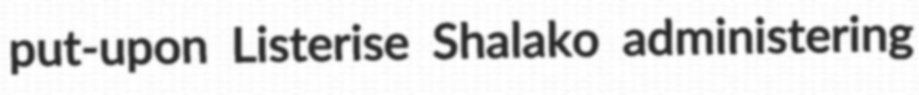
put-upon Listerise Shalako administering